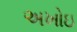
અખોઇ